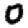
Digit: 0